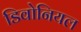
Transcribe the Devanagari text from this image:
डिवोनियल